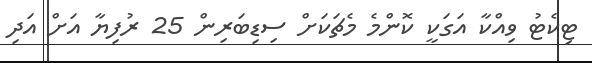
ޓިކެޓު ވިއްކާ އަގަކީ ކޮންމެ މެޗަކަށް ސިޑިބަރިން 25 ރުފިޔާ އަށް އަދި